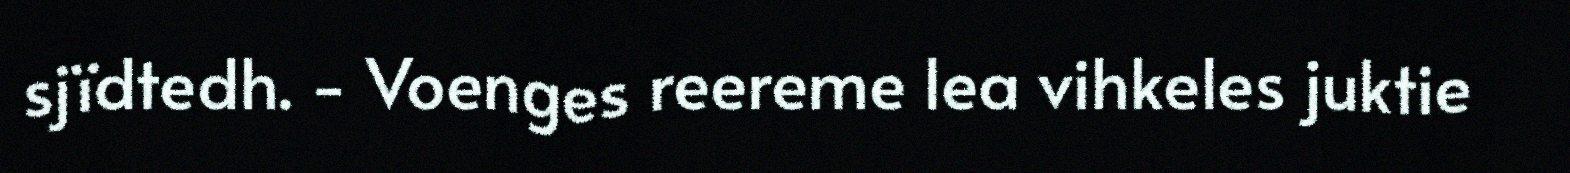
sjïdtedh. - Voenges reereme lea vihkeles juktie